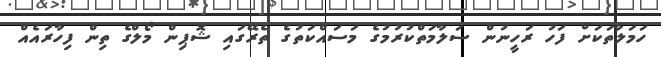
ހަމަލާތަކަށް ފަހު ރަހީނުން ސަލާމަތްކުރުމުގެ މަސައްކަތުގެ ތެރޭގައި ޝޮޕިން މޯލްގެ ތިން ފިހާރައެއް